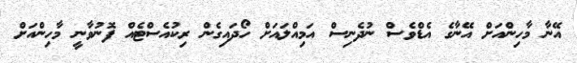
އޭނާ މާހިންއަށް އޭނާގެ އެޑްވެސް ނުދެނިސް އަމިއްލައަށް ހޯދައިގެން ރިކުއެސްޓެއް ފޮނުވާނީ މާހިންއަށް